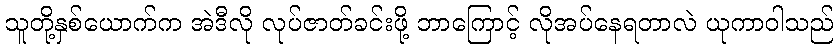
သူတို့နှစ်ယောက်က အဲဒီလို လုပ်ဇာတ်ခင်းဖို့ ဘာကြောင့် လိုအပ်နေရတာလဲ ယုကာဝါသည်